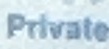
Private